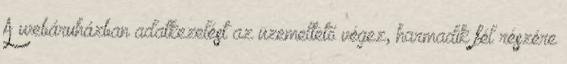
A webáruházban adatkezelést az üzemeltető végez, harmadik fél részére